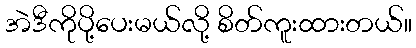
အဲဒီကိုပို့ပေးမယ်လို့ စိတ်ကူးထားတယ်။